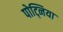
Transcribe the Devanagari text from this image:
पोट्निया